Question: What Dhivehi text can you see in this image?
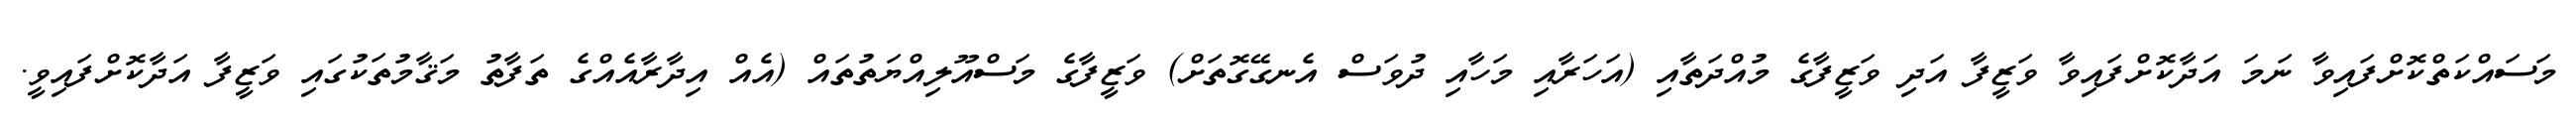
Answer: މަސައްކަތްކޮށްފައިވާ ނަމަ އަދާކޮށްފައިވާ ވަޒީފާ އަދި ވަޒީފާގެ މުއްދަތާއި (އަހަރާއި މަހާއި ދުވަސް އެނގޭގޮތަށް) ވަޒީފާގެ މަސްއޫލިއްޔަތުތައް (އެއް އިދާރާއެއްގެ ތަފާތު މަޤާމުތަކުގައި ވަޒީފާ އަދާކޮށްފައިވީ.